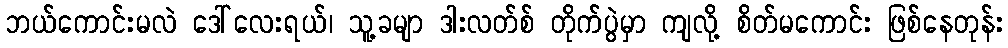
ဘယ်ကောင်းမလဲ ဒေါ်လေးရယ်၊ သူ့ခမျာ ဒါးလတ်စ် တိုက်ပွဲမှာ ကျလို့ စိတ်မကောင်း ဖြစ်နေတုန်း